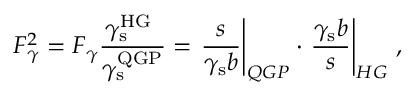
F _ { \gamma } ^ { 2 } = F _ { \gamma } \frac { \gamma _ { \mathrm { s } } ^ { \mathrm { H G \ } } } { \gamma _ { \mathrm { s } } ^ { \mathrm { Q G P } } } = \left. \frac { s } { \gamma _ { \mathrm { s } } b } \right| _ { Q G P } \cdot \left. \frac { \gamma _ { \mathrm { s } } b } { s } \right| _ { H G } \, ,